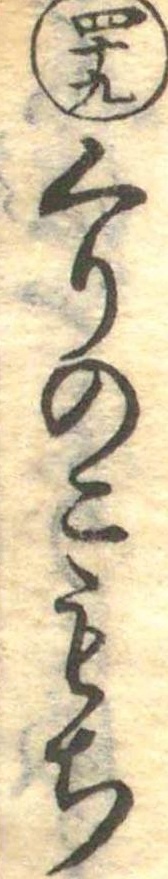
四十九くりのこもち